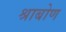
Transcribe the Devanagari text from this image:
श्राबोण